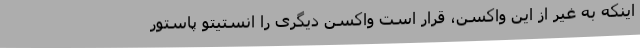
اینکه به غیر از این واکسن، قرار است واکسن دیگری را انستیتو پاستور